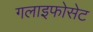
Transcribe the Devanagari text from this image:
गलाइफोसेट